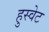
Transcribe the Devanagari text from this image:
हुस्वेट